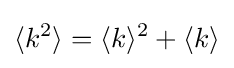
{\langle k^{2}\rangle =\langle k\rangle ^{2}+\langle k\rangle }